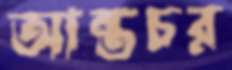
আন্তচর